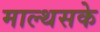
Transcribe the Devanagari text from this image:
माल्थसके